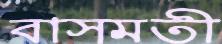
বাসমতী